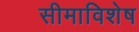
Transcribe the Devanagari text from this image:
सीमाविशेष